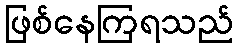
ဖြစ်နေကြရသည်